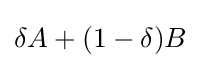
\delta A+(1-\delta )B